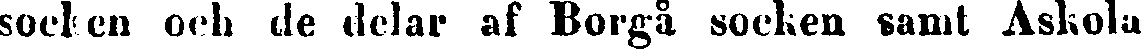
socken och de delar af Borgå socken samt Askola